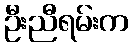
ဦးညီရမ်းက